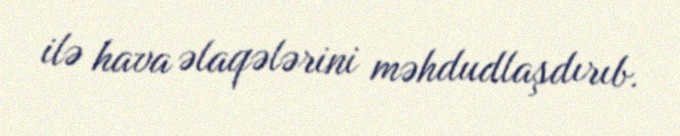
ilə hava əlaqələrini məhdudlaşdırıb.